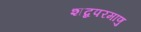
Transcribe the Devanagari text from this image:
शब्दपरमाणु